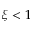
\xi < 1